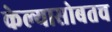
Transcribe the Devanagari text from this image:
केल्यासोबतच